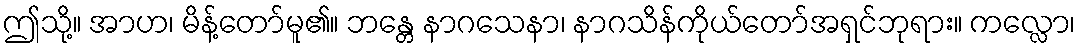
ဤသို့။ အာဟ၊ မိန့်တော်မူ၏။ ဘန္တေ နာဂသေနာ၊ နာဂသိန်ကိုယ်တော်အရှင်ဘုရား။ ကလ္လော၊